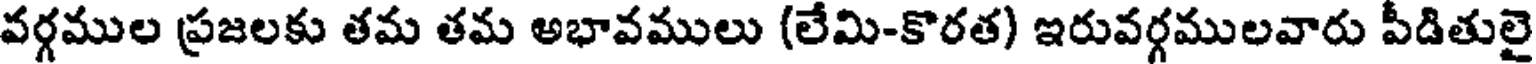
వర్గముల ప్రజలకు తమ తమ అభావములు (లేమి-కొరత) ఇరువర్గములవారు పీడితులై